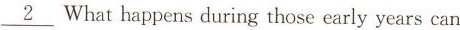
\underline{2} Whathappens during those early years can